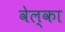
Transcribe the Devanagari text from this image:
वेल्का